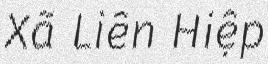
Xã Liên Hiệp